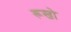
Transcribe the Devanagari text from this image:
रूखो